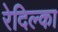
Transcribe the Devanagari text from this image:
रेदिल्का